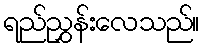
ရည်ညွှန်းလေသည်။